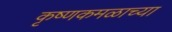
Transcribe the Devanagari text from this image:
कृष्णकमळाच्या